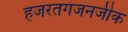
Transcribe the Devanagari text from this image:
हजरतगंजनजीक